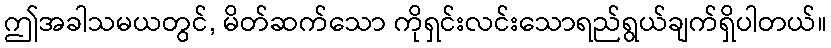
ဤအခါသမယတွင်, မိတ်ဆက်သော ကိုရှင်းလင်းသောရည်ရွယ်ချက်ရှိပါတယ်။